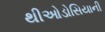
થીઓડોસિયાની